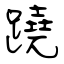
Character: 蹺